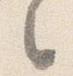
之